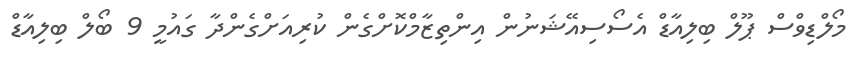
މޯލްޑިވްސް ޕޫލް ބިލިއާޑް އެސޯސިއޭޝަނުން އިންތިޒާމްކޮށްގެން ކުރިއަށްގެންދާ ގައުމީ 9 ބޯލް ބިލިއާޑް